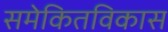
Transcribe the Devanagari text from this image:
समेकितविकास